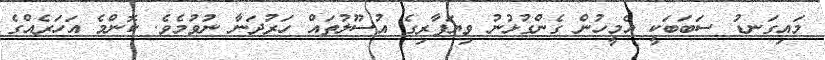
މައިގަނޑު ސަބަބަކީ އެމީހުން ގެންގުޅުނު ވިޔަފާރިގެ އުސޫލުތައް ހަރުދަނާ ނުވުމެވެ. ކޮންމެ އަހަރެއްގެ